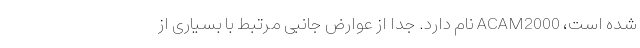
شده است، ACAM2000 نام دارد. جدا از عوارض جانبی مرتبط با بسیاری از